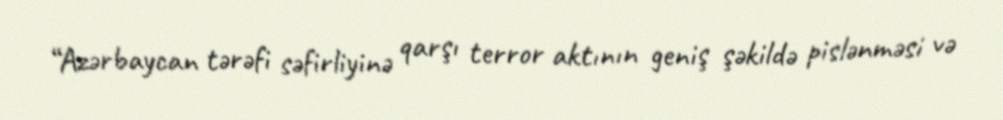
“Azərbaycan tərəfi səfirliyinə qarşı terror aktının geniş şəkildə pislənməsi və